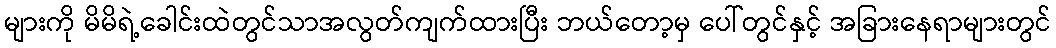
များကို မိမိရဲ့ခေါင်းထဲတွင်သာအလွတ်ကျက်ထားပြီး ဘယ်တော့မှ ပေါ်တွင်နှင့် အခြားနေရာများတွင်